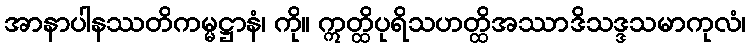
အာနာပါနဿတိကမ္မဋ္ဌာနံ၊ ကို။ ဣတ္ထိပုရိသဟတ္ထိအဿာဒိသဒ္ဒသမာကုလံ၊